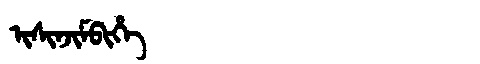
Manchu: ᡳᠰᡳᠨᠵᡳᠮᠪᡳᡥᡝ
Romanization: ISINJIMBIHE